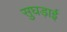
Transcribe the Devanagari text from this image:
सुघड़ाई